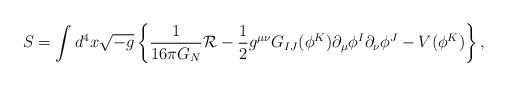
\begin{align*}S = \int d^4 x \sqrt{-g} \left\{ {1\over 16 \pi G_N} {\cal R} - \frac{1}{2}g^{\mu \nu} G_{IJ}(\phi^K) \partial_{\mu}\phi^I \partial_{\nu} \phi^J -V(\phi^K)\right\},\end{align*}